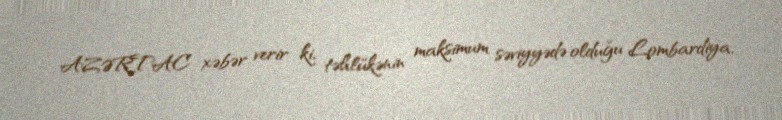
AZƏRTAC xəbər verir ki, təhlükənin maksimum səviyyədə olduğu Lombardiya,